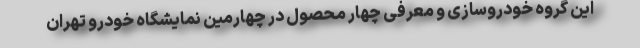
این گروه خودروسازی و معرفی چهار محصول در چهارمین نمایشگاه خودرو تهران